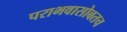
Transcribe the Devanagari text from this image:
पराभवासोबतच